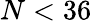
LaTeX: N<36